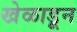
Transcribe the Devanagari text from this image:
खेळाडून